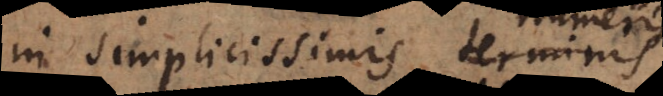
in simplicissimis terminis,